Vaccination North-Western Provinces 1866-1877 - 1866-1877
Year: 1866
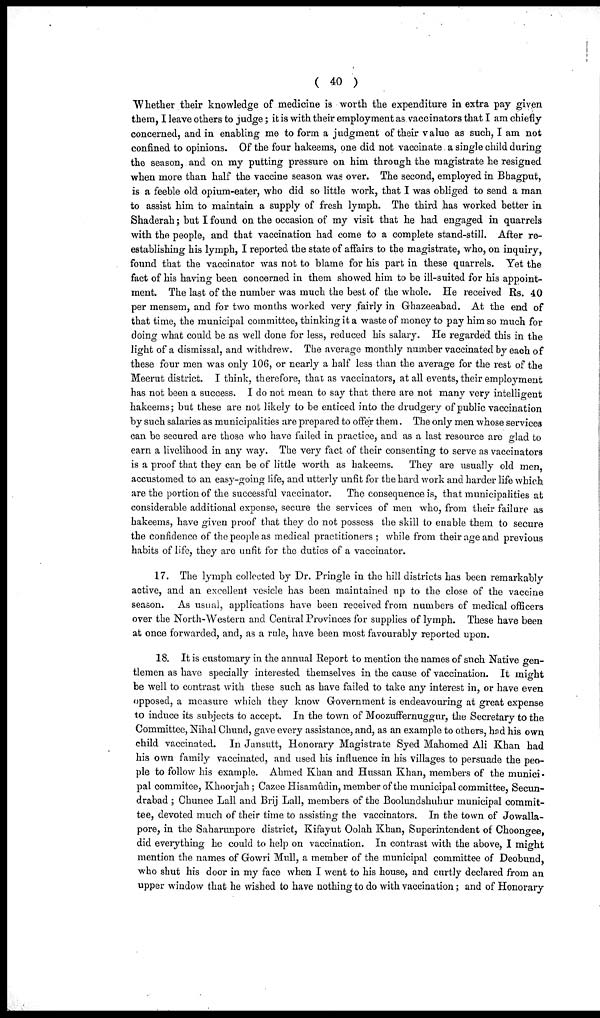
( 40 )
Whether their knowledge of medicine is worth the expenditure in extra pay given
them, I leave others to judge; it is with their employment as vaccinators that I am chiefly
concerned, and in enabling me to form a judgment of their value as such, I am not
confined to opinions. Of the four hakeems, one did not vaccinate a single child during
the season, and on my putting pressure on him through the magistrate he resigned
when more than half the vaccine season was over. The second, employed in Bhagput,
is a feeble old opium-eater, who did so little work, that I was obliged to send a man
to assist him to maintain a supply of fresh lymph. The third has worked better in
Shaderah; but I found on the occasion of my visit that he had engaged in quarrels
with the people, and that vaccination had come to a complete stand-still. After re-
establishing his lymph, I reported the state of affairs to the magistrate, who, on inquiry,
found that the vaccinator was not to blame for his part in these quarrels. Yet the
fact of his having been concerned in them showed him to be ill-suited for his appoint-
ment. The last of the number was much the best of the whole. He received Rs. 40
per mensem, and for two months worked very fairly in Ghazeeabad. At the end of
that time, the municipal committee, thinking it a waste of money to pay him so much for
doing what could be as well done for less, reduced his salary. He regarded this in the
light of a dismissal, and withdrew. The average monthly number vaccinated by each of
these four men was only 106, or nearly a half less than the average for the rest of the
Meerut district. I think, therefore, that as vaccinators, at all events, their employment
has not been a success. I do not mean to say that there are not many very intelligent
hakeems; but these are not likely to be enticed into the drudgery of public vaccination
by such salaries as municipalities are prepared to offer them. The only men whose services
can be secured are those who have failed in practice, and as a last resource are glad to
earn a livelihood in any way. The very fact of their consenting to serve as vaccinators
is a proof that they can be of little worth as hakeems.
They are usually old men,
accustomed to an easy-going life, and utterly unfit for the hard work and harder life which
are the portion of the successful vaccinator.
The consequence is, that municipalities at
considerable additional expense, secure the services of men who, from their failure as
hakeems, have given proof that they do not possess the skill to enable them to secure
the confidence of the people as medical practitioners ; while from their age and previous
habits of life, they are unfit for the duties of a vaccinator.
17. The lymph collected by Dr. Pringle in the hill districts has been remarkably
active, and an excellent vesicle has been maintained up to the close of the vaccine
season. As usual, applications have been received from numbers of medical officers
over the North-Western and Central Provinces for supplies of lymph. These have been
at once forwarded, and, as a rule, have been most favourably reported upon.
18. It is customary in the annual Report to mention the names of such Native gen-
tlemen as have specially interested themselves in the cause of vaccination. It might
be well to contrast with these such as have failed to take any interest in, or have even
opposed, a measure which they know Government is endeavouring at great expense
to induce its subjects to accept. In the town of Moozuffernuggur, the Secretary to the
Committee, Nihal Chund, gave every assistance, and, as an example to others, had his own
child vaccinated. In Jansutt, Honorary Magistrate Syed Mahomed Ali Khan had
his own family vaccinated, and used his influence in his villages to persuade the peo-
ple to follow his example. Ahmed Khan and Hussan Khan, members of the munici-
pal commitee, Khoorjah ; Cazee Hisamûdin, member of the municipal committee, Secun¬
drabad ; Chunee Lall and Brij Lall, members of the Boolundshuhur municipal commit-
tee, devoted much of their time to assisting the vaccinators. In the town of Jowalla¬
pore, in the Saharunpore district, Kifayut Oolah Khan, Superintendent of Choongee,
did everything he could to help on vaccination. In contrast with the above, I might
mention the names of Gowri Mull, a member of the municipal committee of Deobund,
who shut his door in my face when I went to his house, and curtly declared from an
upper window that he wished to have nothing to do with vaccination; and of Honorary